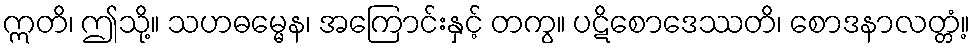
ဣတိ၊ ဤသို့။ သဟဓမ္မေန၊ အကြောင်းနှင့် တကွ။ ပဋိစောဒေဿတိ၊ စောဒနာလတ္တံ့။